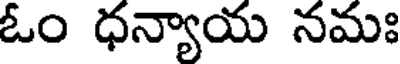
ఓం ధన్యాయ నమః